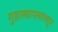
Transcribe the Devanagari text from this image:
गुहास्थापत्यामधून